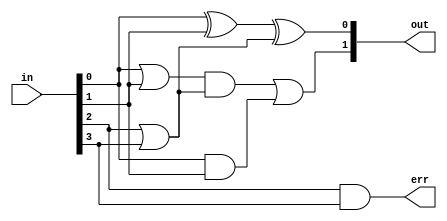
module cprs_4_2 (
in,
out,
err
);
input [3:0] in;
output [1:0] out;
output err;

assign in0_and_in1	= in[0] & in[1];
assign in0_or_in1	= in[0] | in[1];
assign in0_xor_in1	= in[0] ^ in[1];

assign in2_or_in3	= in[2] | in[3];
assign in2_xor_in3	= in[2] ^ in[3];

assign out[0] = in0_xor_in1 ^ in2_or_in3;
assign out[1] = (in0_or_in1 & in2_or_in3) | in0_and_in1;
assign err = in[2] & in[3];

endmodule